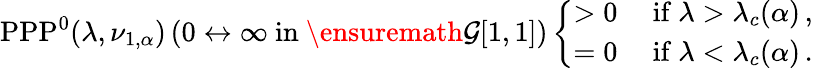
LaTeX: \mathrm{PPP}^{0}(\lambda,\nu_{1,\alpha})\left(0\leftrightarrow\infty\mathrm{~in~}\ensuremath{\mathcal G}[1,1]\right)\left\{ \begin{array}{ll}{>0}&{\mathrm{~if~}\lambda>\lambda_{c}(\alpha)\, ,}\\ {=0}&{\mathrm{~if~}\lambda<\lambda_{c}(\alpha)\, .}\end{array}\right.